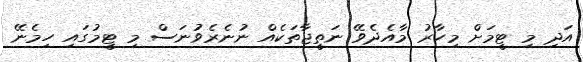
އަދި މި ޓީމަށް މިހާރު މާއެދެވޭ ނަތީޖާތަކެއް ނުނެރެވުނަސް މި ޓީމުގައި ހިމެނޭ